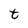
Character: t